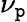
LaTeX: \nu_{\mathtt{p}}